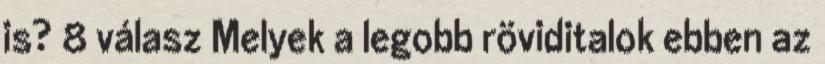
is? 8 válasz Melyek a legobb röviditalok ebben az